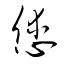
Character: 恷